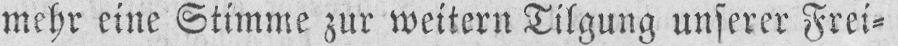
mehr eine Stimme zur weiteren Tilgung unserer Frei⸗